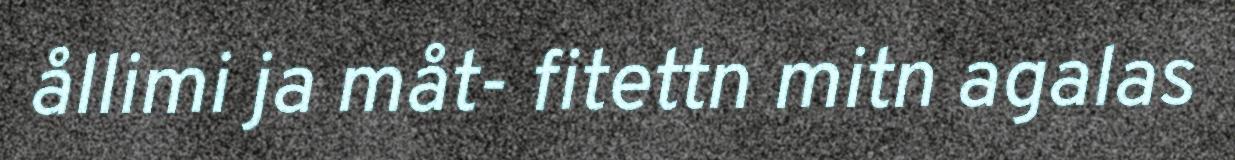
ållimi ja måt- fitettn mitn agalas